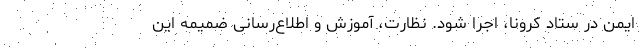
ایمن در ستاد کرونا، اجرا شود. نظارت، آموزش و اطلاع‌رسانی ضمیمه این